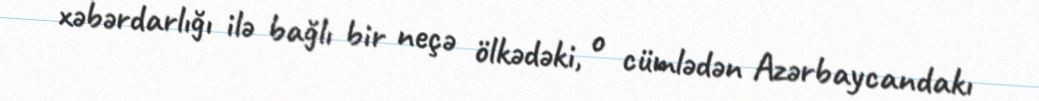
xəbərdarlığı ilə bağlı bir neçə ölkədəki, o cümlədən Azərbaycandakı